Scottish Leaving Certificate Examination, 1954
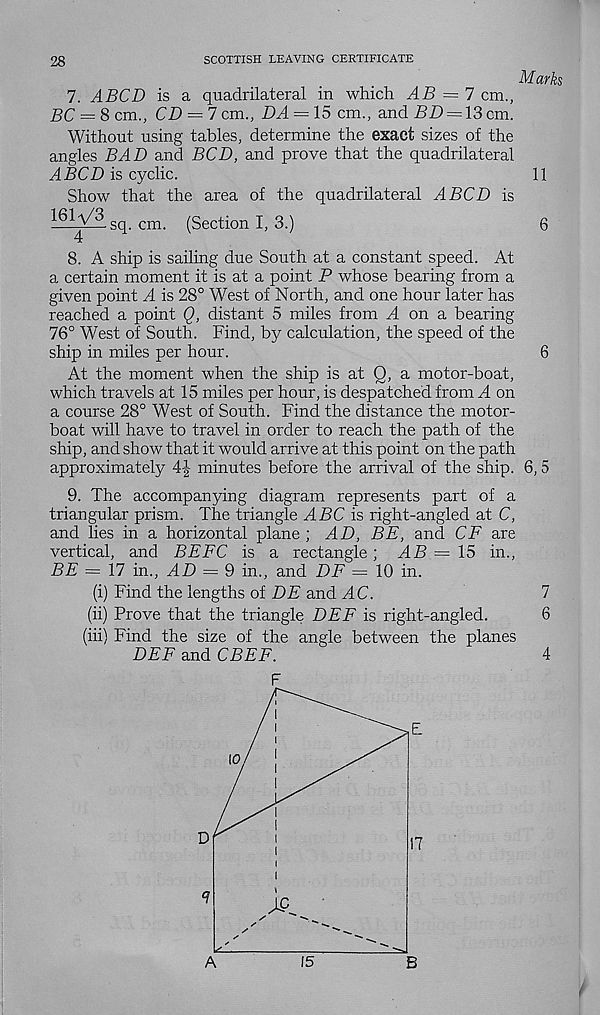
28
SCOTTISH LEAVING CERTIFICATE
Marks
7. A BCD is a quadrilateral in which AB = 7 cm.,
BC = 8 cm., CD = 7 cm., DA = 15 cm., and BD = 13 cm.
Without using tables, determine the exact sizes of the
angles BAD and BCD, and prove that the quadrilateral
is cyclic.
11
Show that the area of the quadrilateral ABCD is
16b\/3 g q cnx (Section I, 3.)
6
8. A ship is sailing due South at a constant speed. At
a certain moment it is at a point P whose bearing from a
given point A is 28° West of North, and one hour later has
reached a point Q, distant 5 miles from A on a bearing
76° West of South. Find, by calculation, the speed of the
ship in miles per hour.
6
At the moment when the ship is at Q, a motor-boat,
which travels at 15 miles per hour, is despatched from A on
a course 28° West of South. Find the distance the motor-
boat will have to travel in order to reach the path of the
ship, and show that it would arrive at this point on the path
approximately 4| minutes before the arrival of the ship. 6, 5
9. The accompanying diagram represents part of a
triangular prism. The triangle ABC is right-angled at C,
and lies in a horizontal plane ; AD, BE, and CF are
vertical, and BEFC is a rectangle; AB = 15 in.,
BE = 17 in., AD = 9 in., and DF = 10 in.
(i) Find the lengths of DE and AC.
7
(ii) Prove that the triangle DEF is right-angled.
6
(iii) Find the size of the angle between the planes
DEF and CBEF.
4
F
E
17
AC
5
I